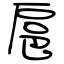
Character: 扈